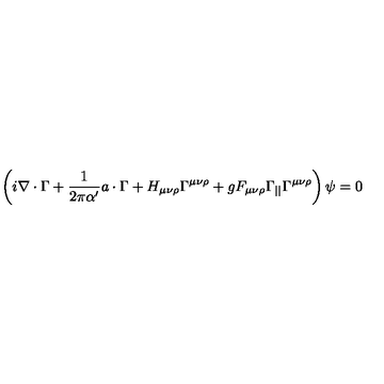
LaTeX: \left( i \nabla \cdot \Gamma + \frac { 1 } { 2 \pi \alpha ^ { \prime } } a \cdot \Gamma + H _ { \mu \nu \rho } \Gamma ^ { \mu \nu \rho } + g F _ { \mu \nu \rho } \Gamma _ { | | } \Gamma ^ { \mu \nu \rho } \right) \psi = 0